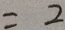
= 2